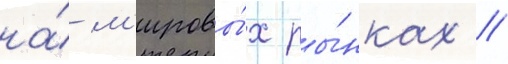
на́ м'ировы́х ры́нках //